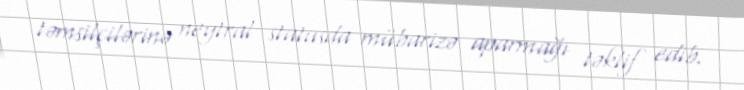
təmsilçilərinə neytral statusda mübarizə aparmağı təklif edib.